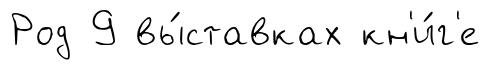
Род 9 вы́ставках кн'и́г'е